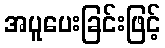
အပူပေးခြင်းဖြင့်